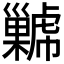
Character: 𢀋